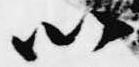
以